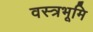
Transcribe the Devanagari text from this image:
वस्त्रभूमि